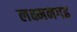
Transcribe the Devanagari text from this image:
लक्ष्मनगढ